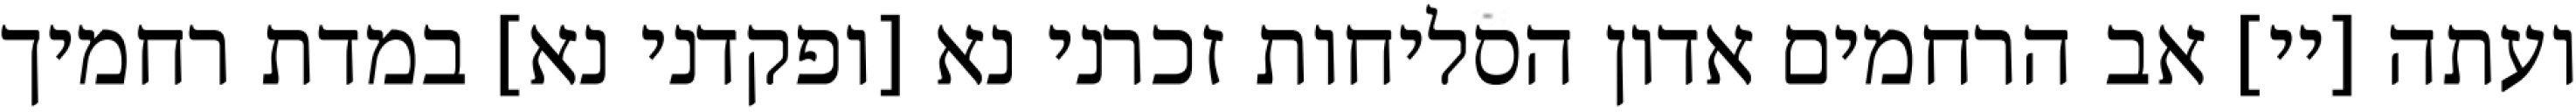
ועתה [יי] אב הרחמים אדון הסליחות זכרני נא [ופקדני נא] במדת רחמיך